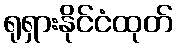
ရုရှားနိုင်ငံထုတ်